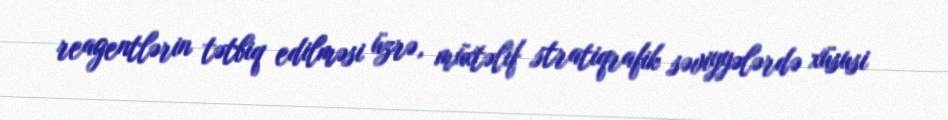
reagentlərin tətbiq edilməsi üzrə, müxtəlif stratiqrafik səviyyələrdə xüsusi